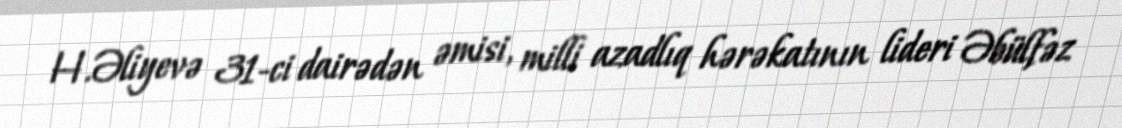
H.Əliyevə 31-ci dairədən əmisi, milli azadlıq hərəkatının lideri Əbülfəz